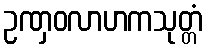
ဥဏှဝလာဟကသုတ္တံ